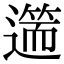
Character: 𨖺